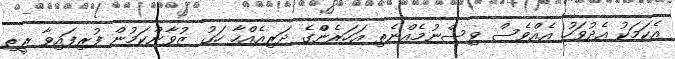
އެކަމަކު އެދުވަހު އެއްވެސް ވިސްނުމެއްނެތި އަހަރެންްގެ ދަރިއެއްހާ ހަގު ޒުވާންކަމުން ފުރިފައިވާ ރީތި